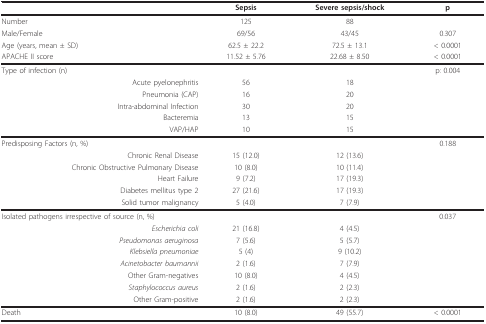
<table><thead><tr><td></td><td><b>Sepsis</b></td><td><b>Severe sepsis/shock</b></td><td><b>p</b></td></tr></thead><tbody><tr><td>Number</td><td>125</td><td>88</td><td></td></tr><tr><td>Male/Female</td><td>69/56</td><td>43/45</td><td>0.307</td></tr><tr><td>Age (years, mean ± SD)</td><td>62.5 ± 22.2</td><td>72.5 ± 13.1</td><td>&lt; 0.0001</td></tr><tr><td>APACHE II score</td><td>11.52 ± 5.76</td><td>22.68 ± 8.50</td><td>&lt; 0.0001</td></tr><tr><td>Type of infection (n)</td><td></td><td></td><td>p: 0.004</td></tr><tr><td>Acute pyelonephritis</td><td>56</td><td>18</td><td></td></tr><tr><td>Pneumonia (CAP)</td><td>16</td><td>20</td><td></td></tr><tr><td>Intra-abdominal Infection</td><td>30</td><td>20</td><td></td></tr><tr><td>Bacteremia</td><td>13</td><td>15</td><td></td></tr><tr><td>VAP/HAP</td><td>10</td><td>15</td><td></td></tr><tr><td>Predisposing Factors (n, %)</td><td></td><td></td><td>0.188</td></tr><tr><td>Chronic Renal Disease</td><td>15 (12.0)</td><td>12 (13.6)</td><td></td></tr><tr><td>Chronic Obstructive Pulmonary Disease</td><td>10 (8.0)</td><td>10 (11.4)</td><td></td></tr><tr><td>Heart Failure</td><td>9 (7.2)</td><td>17 (19.3)</td><td></td></tr><tr><td>Diabetes mellitus type 2</td><td>27 (21.6)</td><td>17 (19.3)</td><td></td></tr><tr><td>Solid tumor malignancy</td><td>5 (4.0)</td><td>7 (7.9)</td><td></td></tr><tr><td>Isolated pathogens irrespective of source (n, %)</td><td></td><td></td><td>0.037</td></tr><tr><td><i>Escherichia coli</i></td><td>21 (16.8)</td><td>4 (4.5)</td><td></td></tr><tr><td><i>Pseudomonas aeruginosa</i></td><td>7 (5.6)</td><td>5 (5.7)</td><td></td></tr><tr><td><i>Klebsiella pneumoniae</i></td><td>5 (4)</td><td>9 (10.2)</td><td></td></tr><tr><td><i>Acinetobacter baumannii</i></td><td>2 (1.6)</td><td>7 (7.9)</td><td></td></tr><tr><td>Other Gram-negatives</td><td>10 (8.0)</td><td>4 (4.5)</td><td></td></tr><tr><td><i>Staphylococcus aureus</i></td><td>2 (1.6)</td><td>2 (2.3)</td><td></td></tr><tr><td>Other Gram-positive</td><td>2 (1.6)</td><td>2 (2.3)</td><td></td></tr><tr><td>Death</td><td>10 (8.0)</td><td>49 (55.7)</td><td>&lt; 0.0001</td></tr></tbody></table>